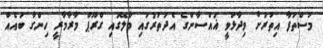
މުސްތަފާ އިތުރަށް ވިދާޅުވީ ޣައްސާންގެ އެދަތުރުގައި މާލޭގައި ގްރޫޕް މާރާމާރީ ހިންގާ ބައެއް